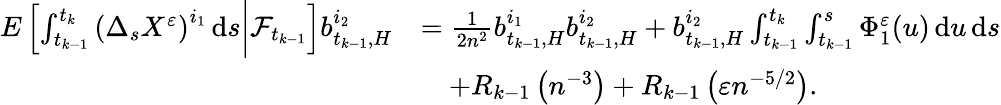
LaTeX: \begin{array}{rl}{E\left[\int_{t_{k-1}}^{t_{k}}\left(\Delta_{s}X^{\varepsilon}\right)^{i_{1}}\, \mathrm{d}s\bigg|\mathcal{F}_{t_{k-1}}\right]b_{t_{k-1},H}^{i_{2}}}&{=\frac{1}{2n^{2}}b_{t_{k-1},H}^{i_{1}}b_{t_{k-1},H}^{i_{2}}+b_{t_{k-1},H}^{i_{2}}\int_{t_{k-1}}^{t_{k}}\int_{t_{k-1}}^{s}\Phi_{1}^{\varepsilon}(u)\, \mathrm{d}u\, \mathrm{d}s}\\ &{\quad+R_{k-1}\left(n^{-3}\right)+R_{k-1}\left(\varepsilon n^{-5/2}\right).}\end{array}